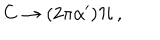
LaTeX: C \rightarrow ( 2 \pi \alpha ^ { \prime } ) { \cal H } \, ,